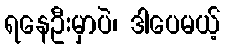
ရနေဦးမှာပဲ၊ ဒါပေမယ့်